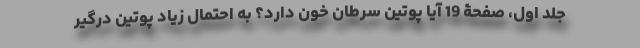
جلد اول، صفحۀ 19 آیا پوتین سرطان خون دارد؟ به احتمال زیاد پوتین درگیر